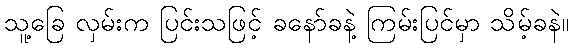
သူ့ခြေ လှမ်းက ပြင်းသဖြင့် ခနော်ခနဲ့ ကြမ်းပြင်မှာ သိမ့်ခနဲ။